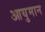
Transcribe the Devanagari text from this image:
आयुमान